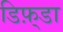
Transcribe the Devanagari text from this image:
डिफ़्डा